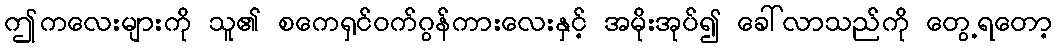
ဤကလေးများကို သူ၏ စကေရှင်ဝက်ဂွန်ကားလေးနှင့် အမိုးအုပ်၍ ခေါ်လာသည်ကို တွေ့ရတော့